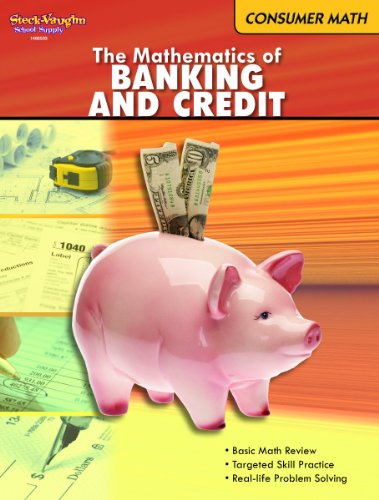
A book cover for The Mathematics of Banking and Credit (Consumer Math series); Steck-Vaughn; Business & Money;